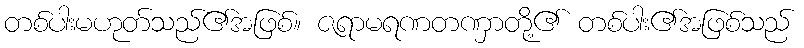
တစ်ပါးမဟုတ်သည်၏အဖြစ်။ ဇရာမရဏတဏှာတို့၏ တစ်ပါး၏အဖြစ်သည်